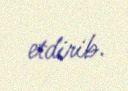
etdirib.